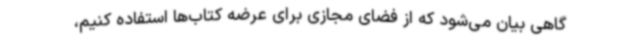
گاهی بیان می‌شود که از فضای مجازی برای عرضه کتاب‌ها استفاده کنیم،